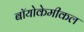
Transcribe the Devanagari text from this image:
बॉयोकेमीकल